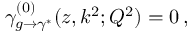
\gamma _ { g \rightarrow \gamma ^ { * } } ^ { ( 0 ) } ( z , k ^ { 2 } ; Q ^ { 2 } ) = 0 \, ,